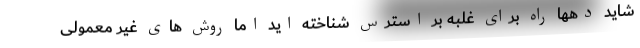
شاید دهها راه برای غلبه بر استرس شناخته اید اما روش های غیر معمولی